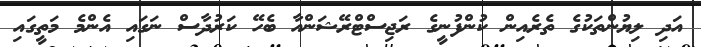
އަދި ލިޔުންތަކުގެ ތެރެއިން ކުންފުނީގެ ރަޖިސްޓްރޭޝަންއާ ބެހޭ ކަރުދާސް ނަގައި އެންމެ މަތީގައި